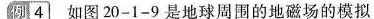
例4如图20-1-9是地球周围的地磁场的模拟